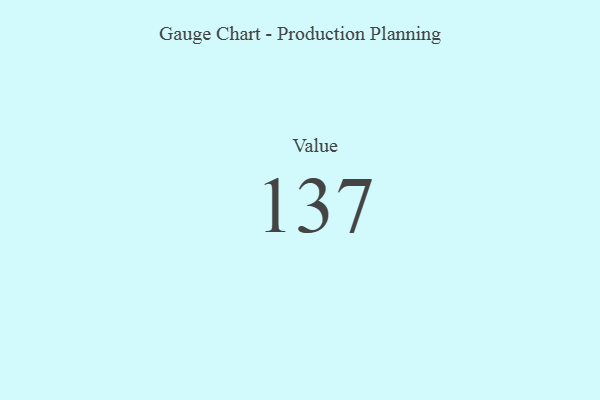
{"axis": {"x": "Metric", "y": "Value"}, "legend": [""], "data": [{"x": "Value", "y": 137, "type": ""}]}